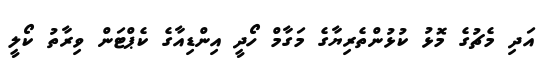
އަދި މެޗުގެ މޮޅު ކުޅުންތެރިޔާގެ މަގާމް ހޯދީ އިންޑިއާގެ ކެޕްޓަން ވިރާތު ކޯލީ